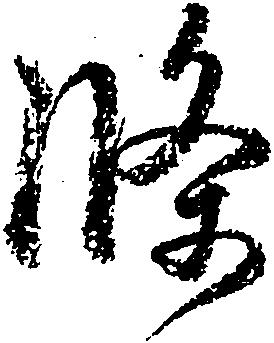
条